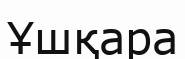
Ұшқара